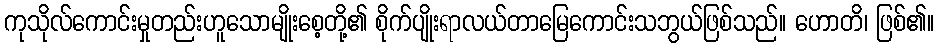
ကုသိုလ်ကောင်းမှုတည်းဟူသောမျိုးစေ့တို့၏ စိုက်ပျိုးရာလယ်တာမြေကောင်းသဘွယ်ဖြစ်သည်။ ဟောတိ၊ ဖြစ်၏။